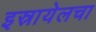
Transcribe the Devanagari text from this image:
इस्रायेलचा